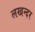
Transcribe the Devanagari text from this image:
लखन्दर